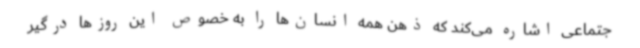
جتماعی اشاره می‌کند که ذهن همه انسان‌ها را به خصوص این روزها درگیر